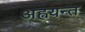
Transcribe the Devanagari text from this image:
अह्वयन्त